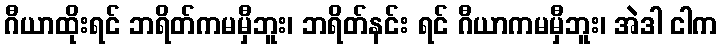
ဂီယာထိုးရင် ဘရိတ်ကမမှီဘူး၊ ဘရိတ်နင်း ရင် ဂီယာကမမှီဘူး၊ အဲဒါ ငါက